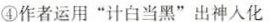
④作者运用“计白当黑”出神入化